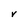
Character: V